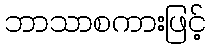
ဘာသာစကားဖြင့်